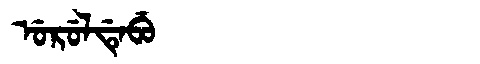
Manchu: ᡠᡵᡠᠯᡩᡝᠪᡠ
Romanization: URULDEBU